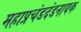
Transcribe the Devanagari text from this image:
महाप्रचंडदंडनायक